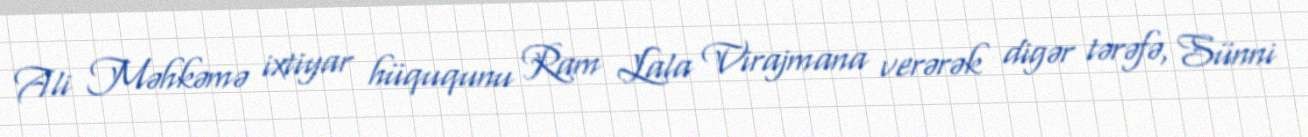
Ali Məhkəmə ixtiyar hüququnu Ram Lala Virajmana verərək digər tərəfə, Sünni